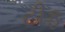
ટીફ